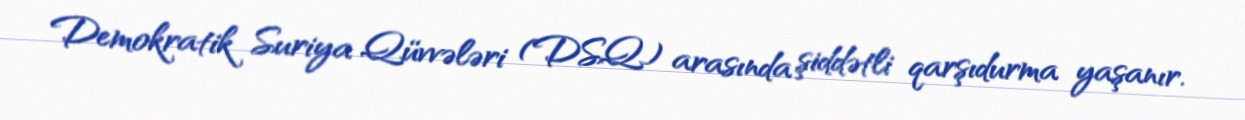
Demokratik Suriya Qüvvələri (DSQ) arasında şiddətli qarşıdurma yaşanır.